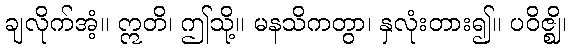
ချလိုက်အံ့။ ဣတိ၊ ဤသို့။ မနသိကတွာ၊ နှလုံးတား၍။ ပဝိဇ္ဈိ၊